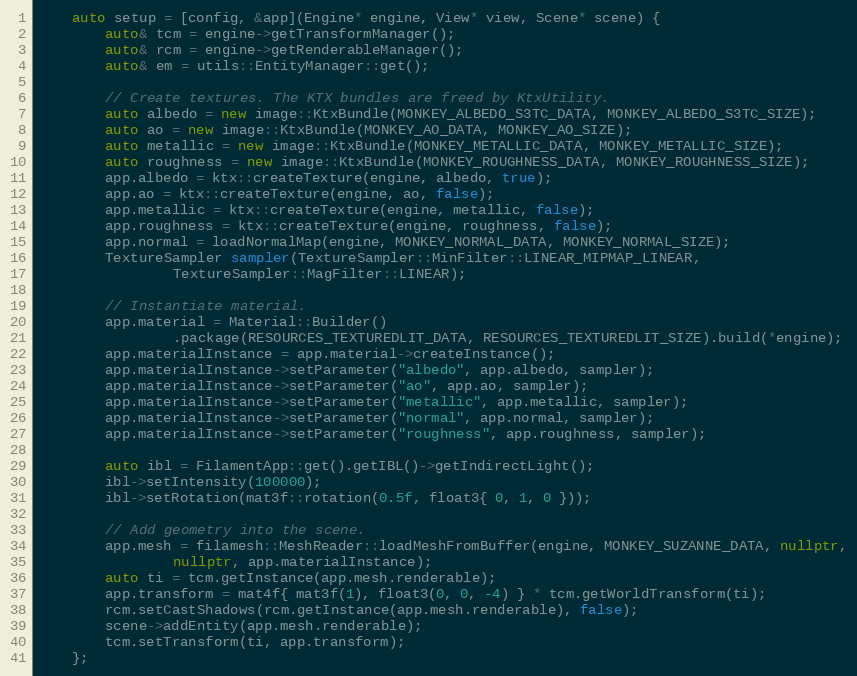
Language: C++
    auto setup = [config, &app](Engine* engine, View* view, Scene* scene) {
        auto& tcm = engine->getTransformManager();
        auto& rcm = engine->getRenderableManager();
        auto& em = utils::EntityManager::get();

        // Create textures. The KTX bundles are freed by KtxUtility.
        auto albedo = new image::KtxBundle(MONKEY_ALBEDO_S3TC_DATA, MONKEY_ALBEDO_S3TC_SIZE);
        auto ao = new image::KtxBundle(MONKEY_AO_DATA, MONKEY_AO_SIZE);
        auto metallic = new image::KtxBundle(MONKEY_METALLIC_DATA, MONKEY_METALLIC_SIZE);
        auto roughness = new image::KtxBundle(MONKEY_ROUGHNESS_DATA, MONKEY_ROUGHNESS_SIZE);
        app.albedo = ktx::createTexture(engine, albedo, true);
        app.ao = ktx::createTexture(engine, ao, false);
        app.metallic = ktx::createTexture(engine, metallic, false);
        app.roughness = ktx::createTexture(engine, roughness, false);
        app.normal = loadNormalMap(engine, MONKEY_NORMAL_DATA, MONKEY_NORMAL_SIZE);
        TextureSampler sampler(TextureSampler::MinFilter::LINEAR_MIPMAP_LINEAR,
                TextureSampler::MagFilter::LINEAR);

        // Instantiate material.
        app.material = Material::Builder()
                .package(RESOURCES_TEXTUREDLIT_DATA, RESOURCES_TEXTUREDLIT_SIZE).build(*engine);
        app.materialInstance = app.material->createInstance();
        app.materialInstance->setParameter("albedo", app.albedo, sampler);
        app.materialInstance->setParameter("ao", app.ao, sampler);
        app.materialInstance->setParameter("metallic", app.metallic, sampler);
        app.materialInstance->setParameter("normal", app.normal, sampler);
        app.materialInstance->setParameter("roughness", app.roughness, sampler);

        auto ibl = FilamentApp::get().getIBL()->getIndirectLight();
        ibl->setIntensity(100000);
        ibl->setRotation(mat3f::rotation(0.5f, float3{ 0, 1, 0 }));

        // Add geometry into the scene.
        app.mesh = filamesh::MeshReader::loadMeshFromBuffer(engine, MONKEY_SUZANNE_DATA, nullptr,
                nullptr, app.materialInstance);
        auto ti = tcm.getInstance(app.mesh.renderable);
        app.transform = mat4f{ mat3f(1), float3(0, 0, -4) } * tcm.getWorldTransform(ti);
        rcm.setCastShadows(rcm.getInstance(app.mesh.renderable), false);
        scene->addEntity(app.mesh.renderable);
        tcm.setTransform(ti, app.transform);
    };